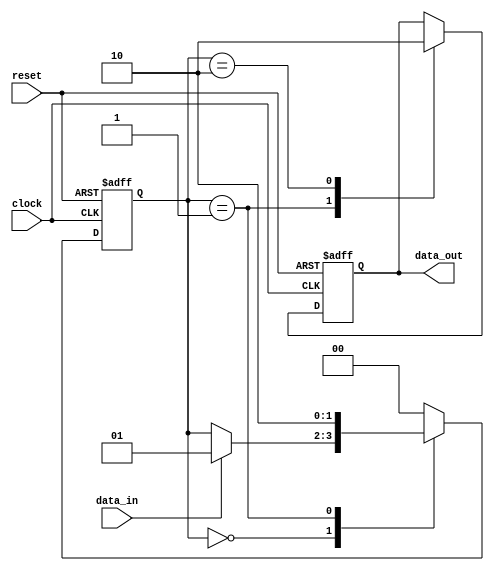
module simple_sequential_logic (
    input wire clock,        // Clock signal
    input wire reset,        // Asynchronous reset signal
    input wire data_in,      // Input data
    output reg data_out      // Output data
);

    // State variable
    reg [1:0] state;         // 2-bit state variable

    // State encoding
    localparam STATE_IDLE = 2'b00;
    localparam STATE_ACTIVE = 2'b01;
    localparam STATE_DONE = 2'b10;

    // Sequential logic block
    always @(posedge clock or posedge reset) begin
        if (reset) begin
            // Reset condition
            state <= STATE_IDLE; // Initialize state to IDLE
            data_out <= 1'b0;    // Initialize output to 0
        end else begin
            // State transition logic
            case (state)
                STATE_IDLE: begin
                    if (data_in) begin
                        state <= STATE_ACTIVE; // Transition to ACTIVE state
                    end
                end

                STATE_ACTIVE: begin
                    // Perform some operation
                    data_out <= 1'b1; // Set output high
                    state <= STATE_DONE; // Transition to DONE state
                end

                STATE_DONE: begin
                    // Reset output and return to IDLE
                    data_out <= 1'b0; // Reset output
                    state <= STATE_IDLE; // Transition back to IDLE
                end

                default: begin
                    state <= STATE_IDLE; // Default to IDLE state
                end
            endcase
        end
    end

endmodule